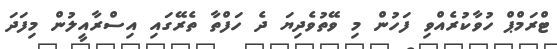
ޓްރަމްޕް ހުވާކުރެއްވި ފަހުން މި ވޭތުވެދިޔަ ދެ ހަފްތާ ތެރޭގައި އިސްރާއީލުން މިފަދަ